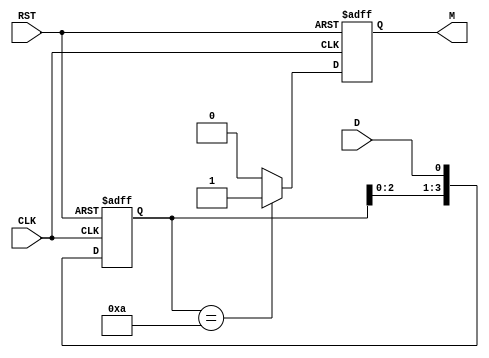
module pattern_detector (
    input wire D,          // Data input
    input wire CLK,        // Clock input
    input wire RST,        // Asynchronous reset
    output reg M           // Match output
);

    // Parameter for the pattern to be detected
    parameter PATTERN = 4'b1010; // Example pattern (4 bits)
    parameter PATTERN_LENGTH = 4; // Length of the pattern

    // State register to hold the current state
    reg [PATTERN_LENGTH-1:0] state;

    // Asynchronous reset and state update on clock edge
    always @(posedge CLK or posedge RST) begin
        if (RST) begin
            state <= 0; // Reset state
            M <= 0;     // Reset match output
        end else begin
            // Shift in the new data bit
            state <= {state[PATTERN_LENGTH-2:0], D};

            // Check if the current state matches the pattern
            if (state == PATTERN) begin
                M <= 1; // Pattern detected
            end else begin
                M <= 0; // No match
            end
        end
    end

endmodule